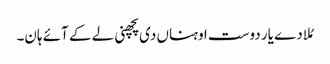
مُلا دے یار دوست اوہناں دی پچھنی لے کے آئے ہان۔